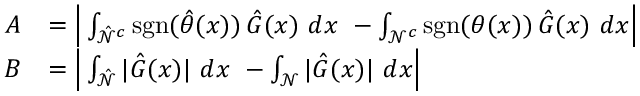
\begin{array} { r l } { A } & { = \Big \vert \int _ { \hat { \mathcal { N } } ^ { c } } \operatorname { s g n } ( \hat { \theta } ( x ) ) \thinspace \hat { G } ( x ) \ d x \ - \int _ { \mathcal { N } ^ { c } } \operatorname { s g n } ( \theta ( x ) ) \thinspace \hat { G } ( x ) \ d x \Big \vert } \\ { B } & { = \Big \vert \int _ { \hat { \mathcal { N } } } \vert \hat { G } ( x ) \vert \ d x \ - \int _ { \mathcal { N } } \vert \hat { G } ( x ) \vert \ d x \Big \vert } \end{array}